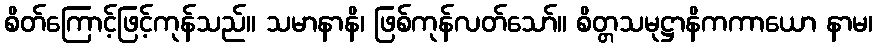
စိတ်ကြောင့်ဖြင့်ကုန်သည်။ သမာနာနိ၊ ဖြစ်ကုန်လတ်သော်။ စိတ္တသမုဋ္ဌာနိကကာယော နာမ၊